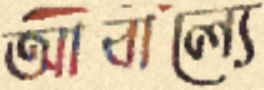
আবাল্যে